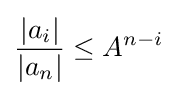
{\frac {|a_{i}|}{|a_{n}|}}\leq A^{n-i}